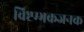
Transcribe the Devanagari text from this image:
विष्टम्भकजनक